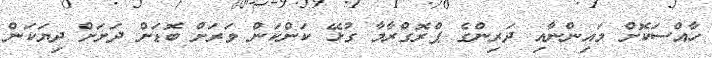
ހާއްސަކޮށް މައިންނާއި ދަރިންގެ ޕްރޮގްރާމާ ގުޅޭ ކަންކަން ވަރަށް ބޮޑަށް ދަށަށް ދިޔަކަން